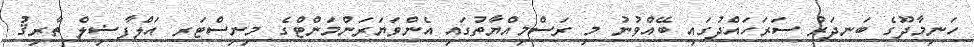
ހަނިމާދޫގެ ބަނދަރު ސަރަހައްދުގައި ބޭއްވުނު މި ރަސްމިއްޔާތުގައި އެންވަޔަރަންމަންޓްގެ މިނިސްޓަރ އަލްފާޟިލް ތާރިޤު